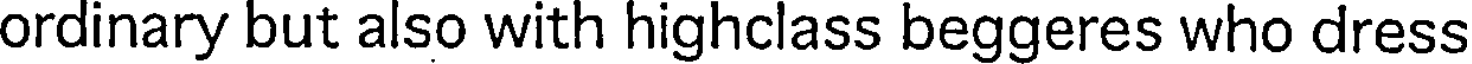
ordinary but also with highclass beggeres who dress